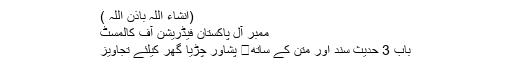
(انشاء اللہ باذن اللہ )
ممبر آل پاکستان فیڈریشن آف کالمسٹ
باب 3 حدیث سند اور متن کے ساتھ	 پشاور چڑیا گھر کیلئے تجاویز